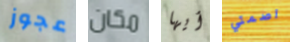
عجوز مكان أيها اصمتي